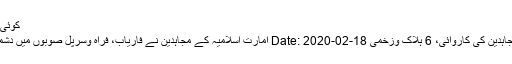
کوئی حیاء ہوتی ہے
فراہ وسرپل: مجاہدین کی کاروائی، 6 ہلاک وزخمی Date: 2020-02-18 امارت اسلامیہ کے مجاہدین نے فاریاب، فراہ وسرپل صوبوں میں دشمن پر حملہ کیا۔